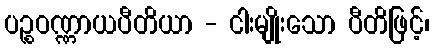
ပဉ္စဝဏ္ဏာယပီတိယာ - ငါးမျိုးသော ပီတိဖြင့်၊